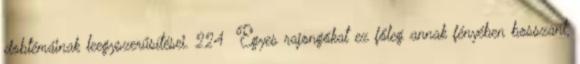
dobtémáinak leegyszerűsítései. 224 Egyes rajongókat ez főleg annak fényében bosszant,